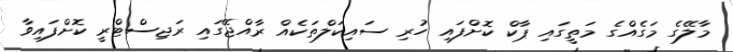
މާލޭގެ މަގެއްގެ މަތީގައި ޕާކް ކޮށްފައި ހުރި ސައިކަލްތަކެއް ރާއްޖޭގައި ރަޖިސްޓްރީ ކޮށްފައިވާ